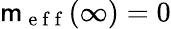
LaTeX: \mathsf{m}_{\mathrm{{~e~f~f~}}}(\infty)=0